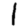
Digit: 1